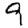
Digit: 9